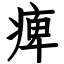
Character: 痺